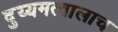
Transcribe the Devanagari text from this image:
दुय्यमत्वालाच